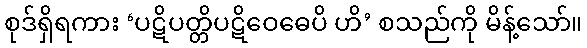
စုဒ်ရှိရကား ‘ပဋိပတ္တိပဋိဝေဓေပိ ဟိ’ စသည်ကို မိန့်သော်။